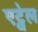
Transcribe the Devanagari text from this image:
एट्वेल